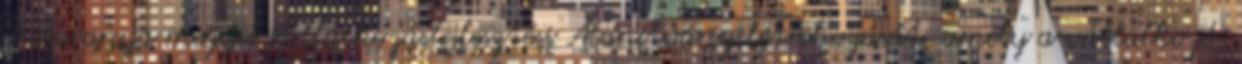
a Baranya megyei Vállalkozásfejlesztési Alapítvány létrehozását, amely a vállalkozói